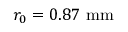
r _ { 0 } = 0 . 8 7 ~ \mathrm { m m }